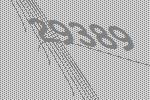
29389